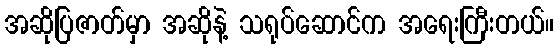
အဆိုပြဇာတ်မှာ အဆိုနဲ့ သရုပ်ဆောင်က အရေးကြီးတယ်။